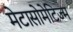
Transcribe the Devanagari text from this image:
मेटासोमेटिज्म